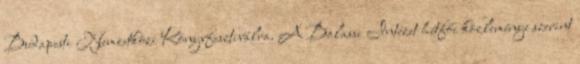
Budapesti Nemzetközi Könyvfesztiválra. A Balassi Intézet hétfői közleménye szerint